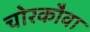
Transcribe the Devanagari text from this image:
चोरकौवा